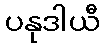
ပနုဒါယီ